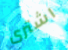
اشترى